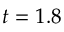
t = 1 . 8